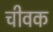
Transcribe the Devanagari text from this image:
चीवक